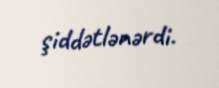
şiddətlənərdi.